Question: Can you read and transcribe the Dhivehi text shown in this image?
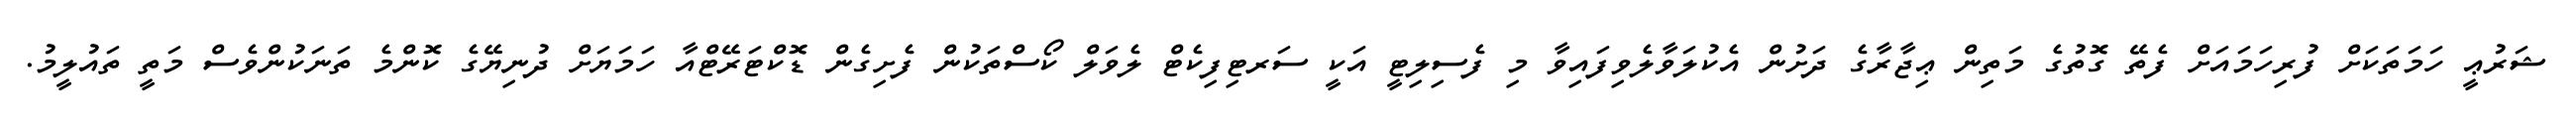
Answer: ޝަރުޢީ ހަމަތަކަށް ފުރިހަމައަށް ފެތޭ ގޮތުގެ މަތިން ޢިޖާރާގެ ދަށުން އެކުލަވާލެވިފައިވާ މި ފެސިލިޓީ އަކީ ސަރޓިފިކެޓް ލެވަލް ކޯސްތަކުން ފެށިގެން ޑޮކްޓަރޭޓްއާ ހަމަޔަށް ދުނިޔޭގެ ކޮންމެ ތަނަކުންވެސް މަތީ ތައުލީމު.